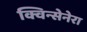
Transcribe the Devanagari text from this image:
क्विन्सेनेरा